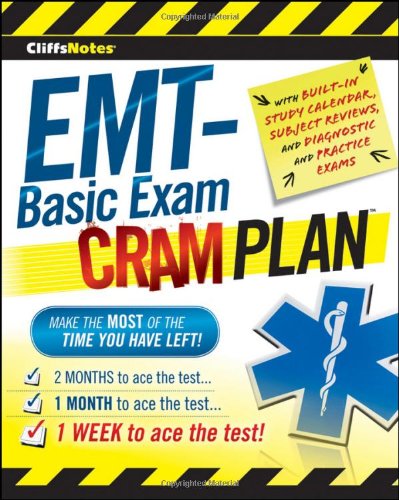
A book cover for CliffsNotes EMT-Basic Exam Cram Plan; Northeast Editing  Inc.; Test Preparation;